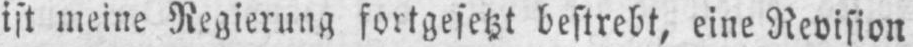
ist meine Regierung fortgesetzt bestrebt, eine Revision